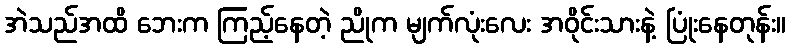
အဲသည်အထိ ဘေးက ကြည့်နေတဲ့ ညိုက မျက်လုံးလေး အဝိုင်းသားနဲ့ ပြုံးနေတုန်း။